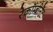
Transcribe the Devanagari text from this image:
रेकॉम्बीनैंट